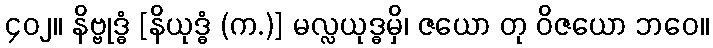
၄၀၂။ နိဗ္ဗုဒ္ဓံ [နိယုဒ္ဓံ (က.)] မလ္လယုဒ္ဓမှိ၊ ဇယော တု ဝိဇယော ဘဝေ။